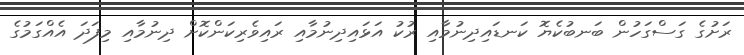
ރަށުގެ ގަސްގަހުން ބަނބުކެޔޮ ކަނޑައިދިނުމާއި ރުކު އަޅައިދިނުމާއި ރައިވެރިކަންކޮށް ދިނުމާއި މިފަދަ އެއްގަމުގެ